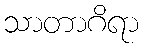
သာတာဂိရာ